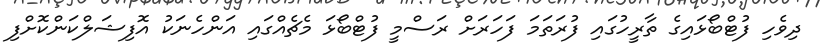
ދިވެހި ފުޓްބޯޅައިގެ ތާރީހުގައި ފުރަތަމަ ފަހަރަށް ރަސްމީ ފުޓްބޯޅަ މެޗެއްގައި އަންހެނަކު އޮފިޝަލްކަންކޮށްފި